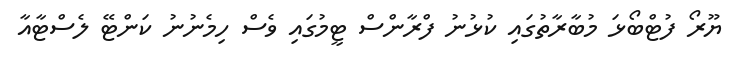
ޔޫރޯ ފުޓްބޯޅަ މުބާރާތުގައި ކުޅުނު ފްރާންސް ޓީމުގައި ވެސް ހިމެނުނު ކަންޓޭ ލެސްޓާއާ